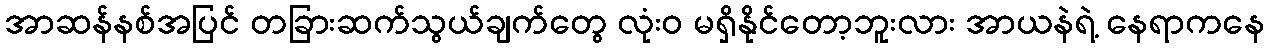
အာဆန်နစ်အပြင် တခြားဆက်သွယ်ချက်တွေ လုံးဝ မရှိနိုင်တော့ဘူးလား အာယနဲရဲ့ နေရာကနေ